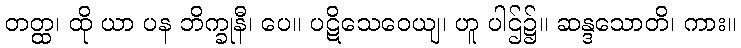
တတ္ထ၊ ထို ယာ ပန ဘိက္ခုနီ၊ ပေ။ ပဋိသေဝေယျ၊ ဟူ ပါဌ်၌။ ဆန္ဒသောတိ၊ ကား။